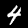
Digit: 4